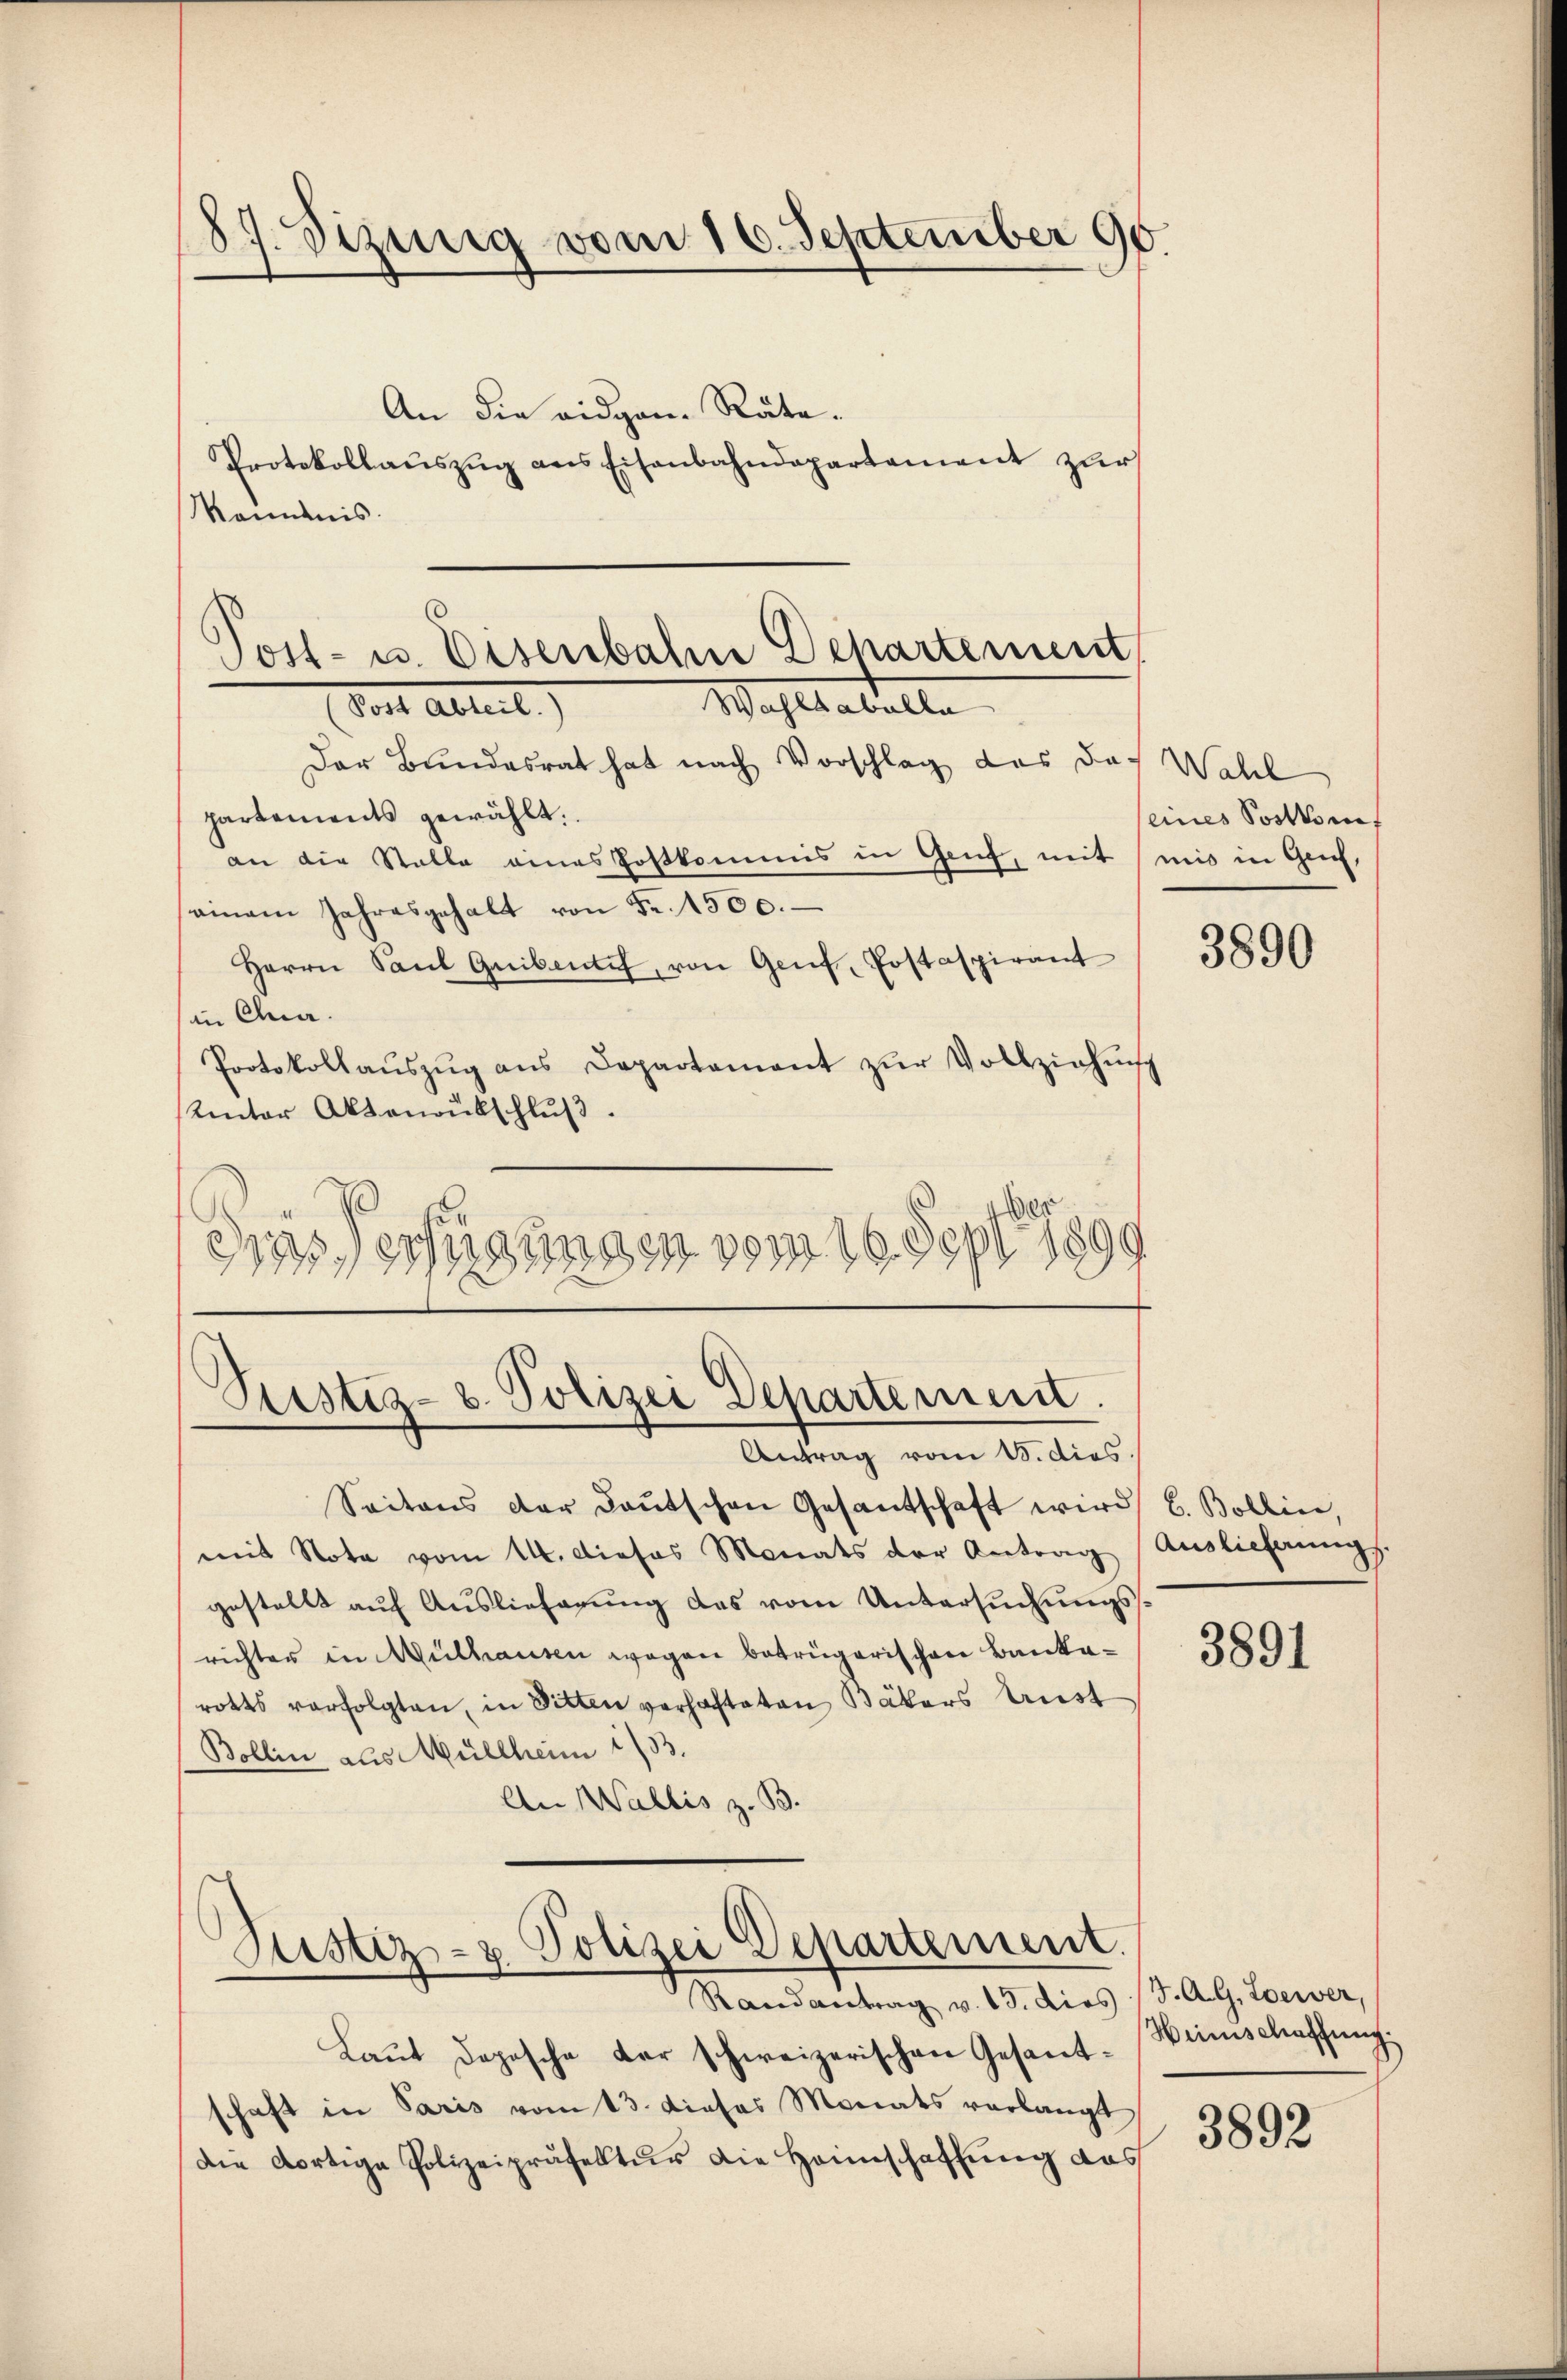
187. Sizung vom 16. September 90.

An die eidgen. Räte.
Protokollaŭszŭg ans Eisenbahndepartement zur
Komnis.

Post- u. Eisenbahn Departement,

Wahltabelle
(Torte Abtreit.)
Der Bundesrat hat nach Vorschlag das doch Wahl
partements gewählt.
an die Stalle eines Postkommis in Genf, mit mis in Genf,
ainam Jahresgehalt von Fr. 1500.
Herrn Saul Gribente, von Genf, Postaspirant
in Clue.
Protokollaŭszŭg ans Departament zŭr Vollziehŭng
Kinter Aktenoübschlŭβ
dass erfügungen vom 16. Sept. 1899

Pustiz- & Polizei Departement.
Antrag vom 15. dies

Saitens der Baŭtschen Gesandschaft wird
mit Note vom 14. Dieses Monats der Antrag
gestellt auf Auslieferung des vom Untersuchungssrichter in Mülhausen wegen betrügerischen Bankarotts verfolgten, in Sitten verhafteten Bäkers Anst
Bollin aus Müllheim 13.
An Wallis z. B.

Justiz- & Polizei Departement.
Randantrag v. 15. dies (d. A. G. Loewer,

eines Postkom

Laut Depesche der schweizerischen Gesantschaft in Paris vom 13. dieses Monats verlangt
die dortige Polizeipräfektur die Heimschaffung das

3890

b. Bollin
Auslieferungs

3891

Heinschaffung.
3892